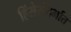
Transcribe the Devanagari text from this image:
हिंसेसंदर्भात